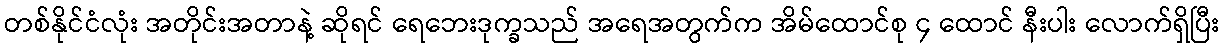
တစ်နိုင်ငံလုံး အတိုင်းအတာနဲ့ ဆိုရင် ရေဘေးဒုက္ခသည် အရေအတွက်က အိမ်ထောင်စု ၄ ထောင် နီးပါး လောက်ရှိပြီး